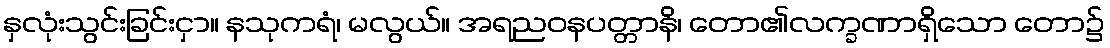
နှလုံးသွင်းခြင်းငှာ။ နသုကရံ၊ မလွယ်။ အရညဝနပတ္တာနိ၊ တော၏လက္ခဏာရှိသော တော၌